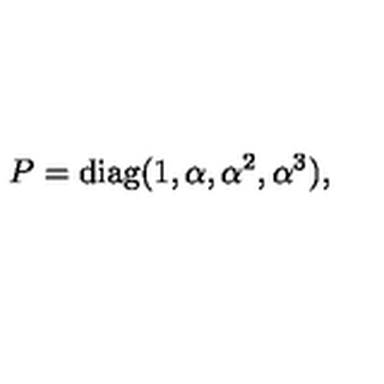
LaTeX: P = \mathrm { d i a g } ( 1 , \alpha , \alpha ^ { 2 } , \alpha ^ { 3 } ) ,